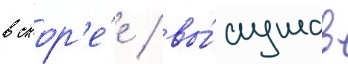
в скор'е́е / вы́слушав